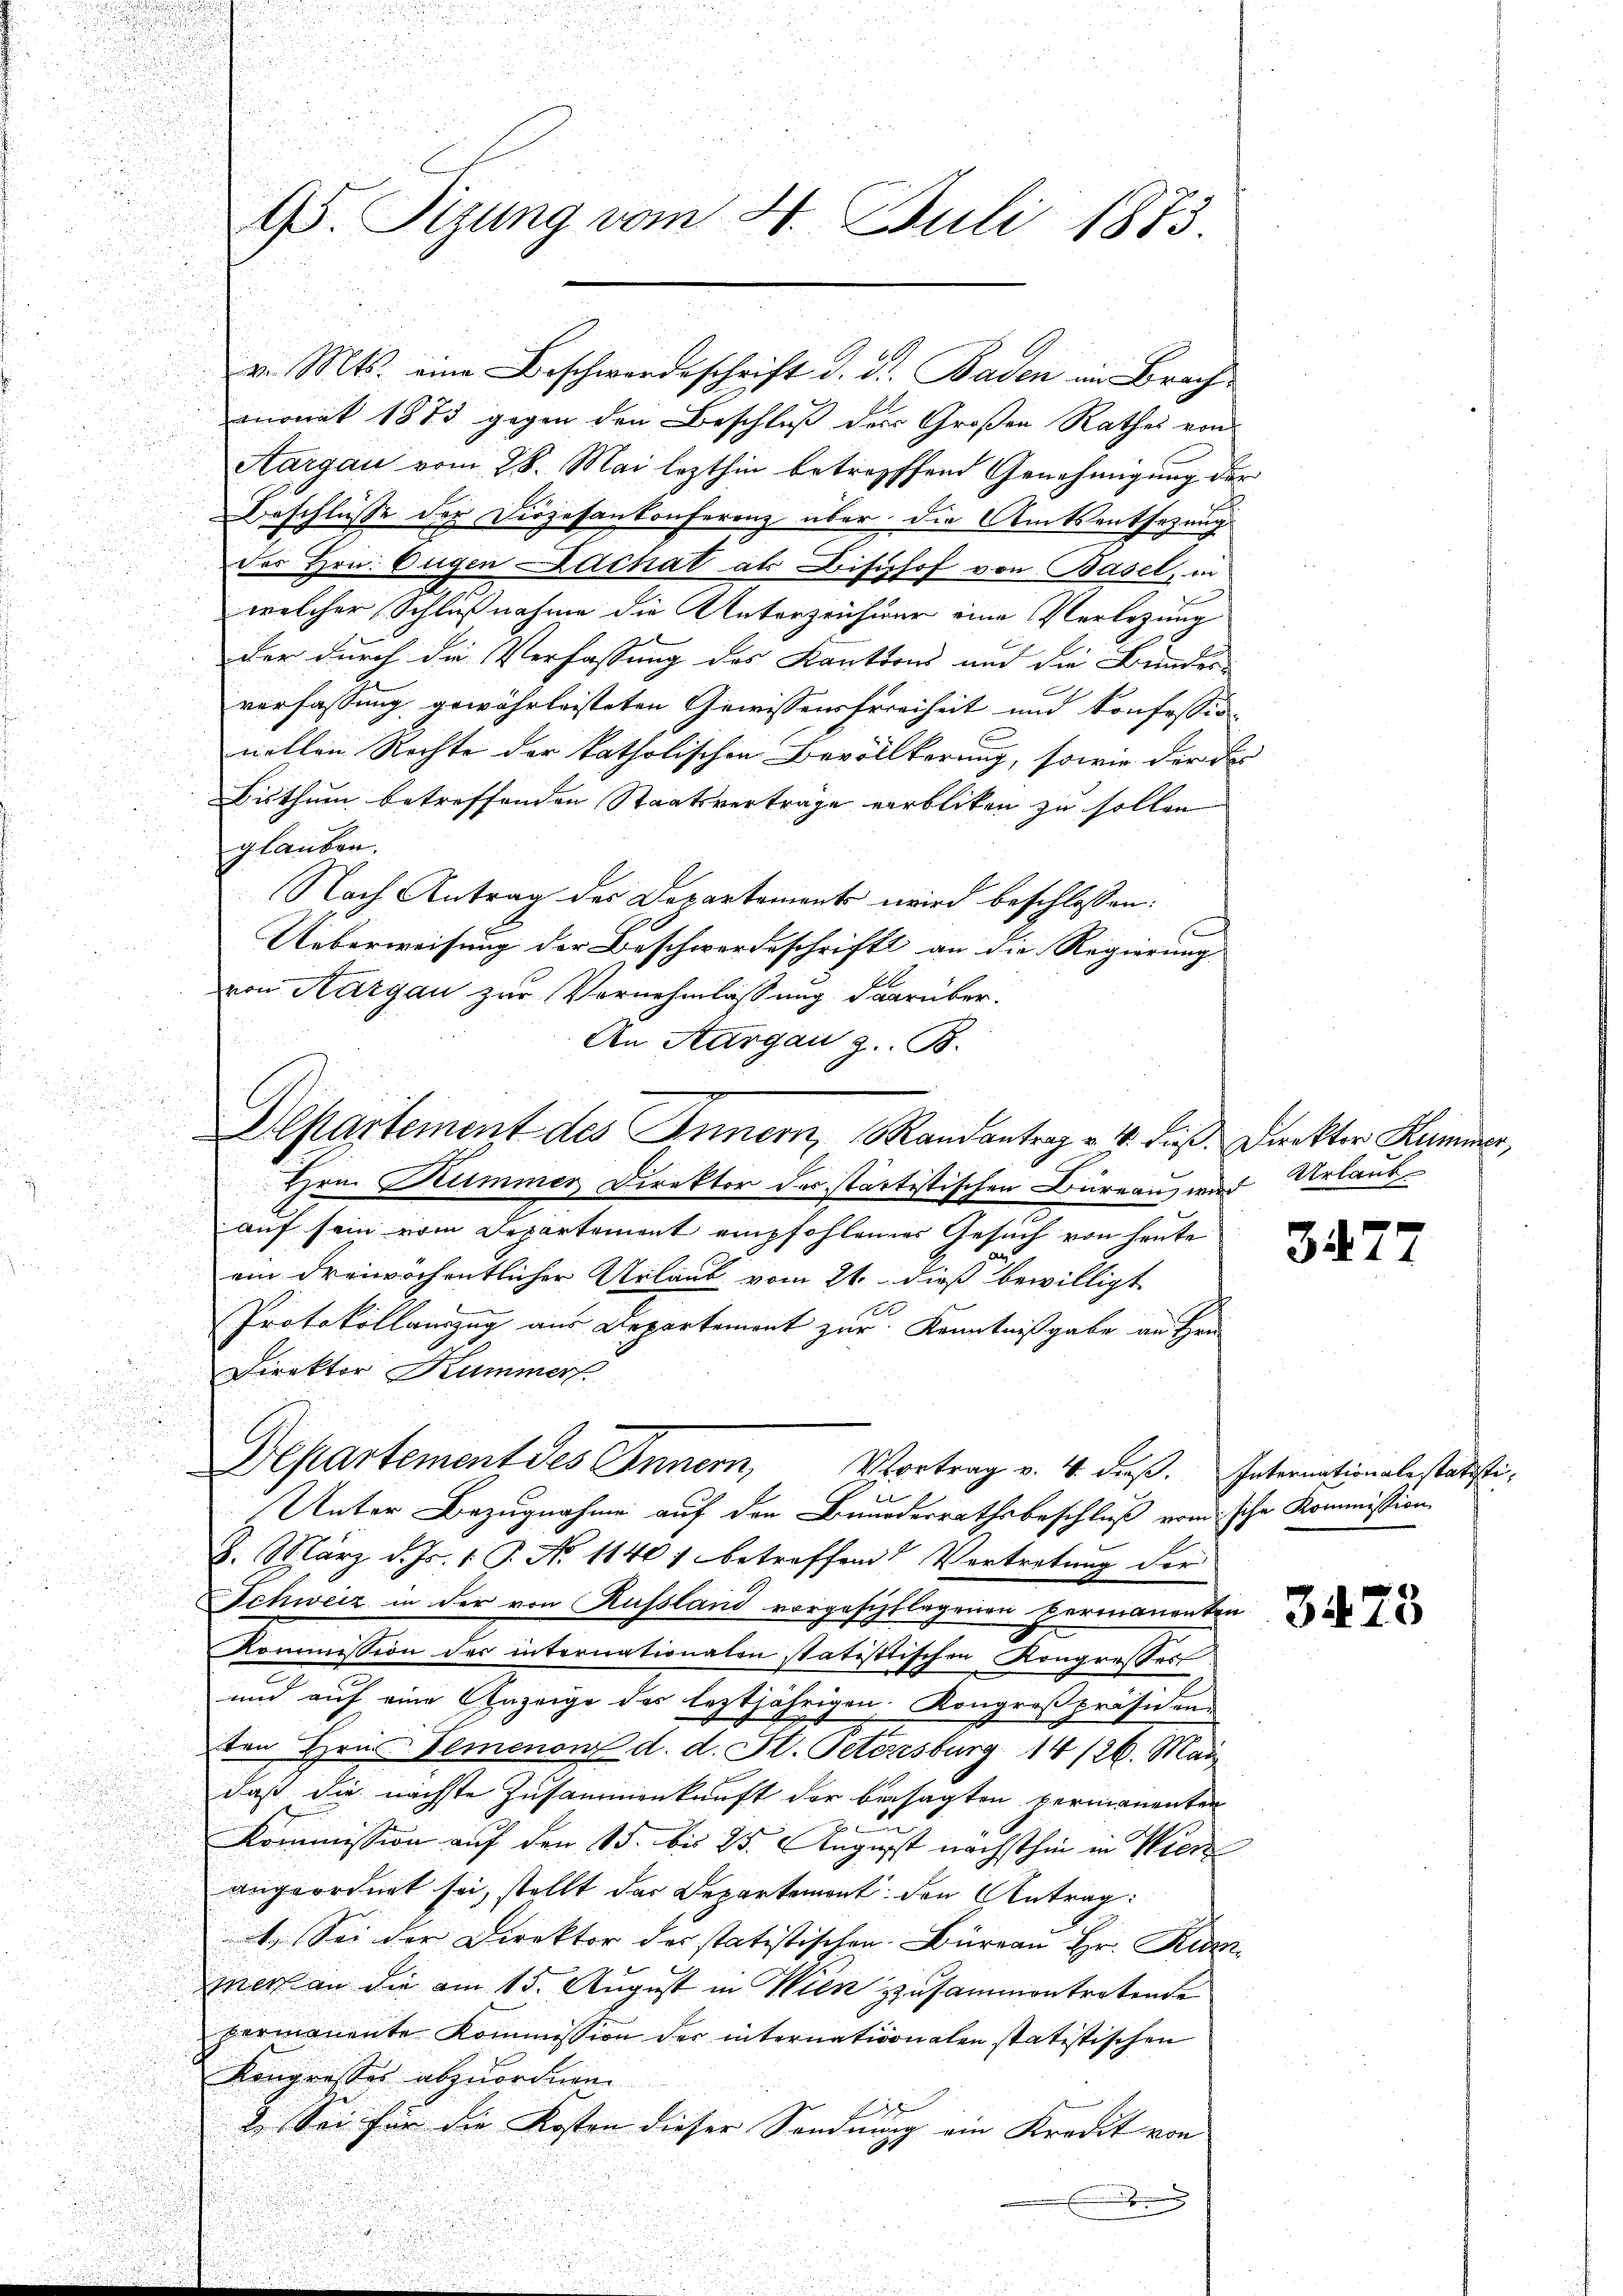
95. Sizung vom 4. Juli 1873.

momit 1873 gegen den Beschluß der Großen Rathes von
Aargau vom 28. Mai lezthin betreffend Genehmigung de
e
Beschlüsse der Diözesenkonferenz über die Amtsentsezung
des Hrn. Augen Lachat als Bisthof von Basel, in
welcher Schlußnahme die Unterzeichnur eine Verlegung
der durch die Verfassung des Kautions aud die Bundes-
verfassung gewährleisteten Gewissensfreiheit und Konfession
C
nellen Rechte der katholischen Bevölkerung, sowie der de
Bisthum betreffenden Staatsverträge verbliken zu sollen
glauben.
Nach Antrag des Departements wird beschlossen:
Ueberweisung der Beschwerdeschrift an die Regierung |
von Aargau zur Vernehmlassung darüber.
An Aargau z. B.
Departement des Innern, Mandantrag v. 4. Fuß Direktor Hummer,
Hrn. Kummer Direktor des startistischen Büreaus war Urlaubauf sein vom Departement empfohlendes Gesuch von heute
ein dreiwöchentlicher Urlaub vom 21. dieß bewilligt
Protokollauszug aus Departement zur Kenntnißgabe an Hrn.
Direktor Kummerf
d
Departement des Innern, Vortrag v. 4. dieß. Internationale statisti¬
Unter Bezugnahme auf den Bundesrathsbeschluß vom sche Kommission
8. März d. Js. 1. J. No 11401 betreffend Vortretung der
Schweiz in der von Russland vorgeschlagenen Vermanenten
Kommission der internationalen statisttischen Kongresses
und auf eine Anzeige des leztjährigen. Kongroßpräsidenten Hrn. Demenon d. d. Kt. Petersburg 14/26. Mai
daß die nächste Zusammenkauft der besagten vermanenten
Kommission auf den 15. bis 25. August nächsthin in Wier
angeordnet sei, stellt das Departement den Antrag:
) Sei der Direktor des statistischen Büreau Hr. Kur
mers an die am 15. August in Wien zusammentretende
permanente Kommission der internationalen statistischen
Kongresses abzuordnen.

2. Sei für die Kosten dieser Sendung ein Kredit von
.

v. Mts. eine Beschwerdeschrift d. d. Baden im Brach

e
2

3477